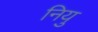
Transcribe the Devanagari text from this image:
नियु